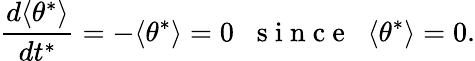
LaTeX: \frac{d\langle\theta^{*}\rangle}{dt^{*}}=-\langle\theta^{*}\rangle=0\; \; \mathrm{~s~i~n~c~e~}\; \; \langle\theta^{*}\rangle=0.